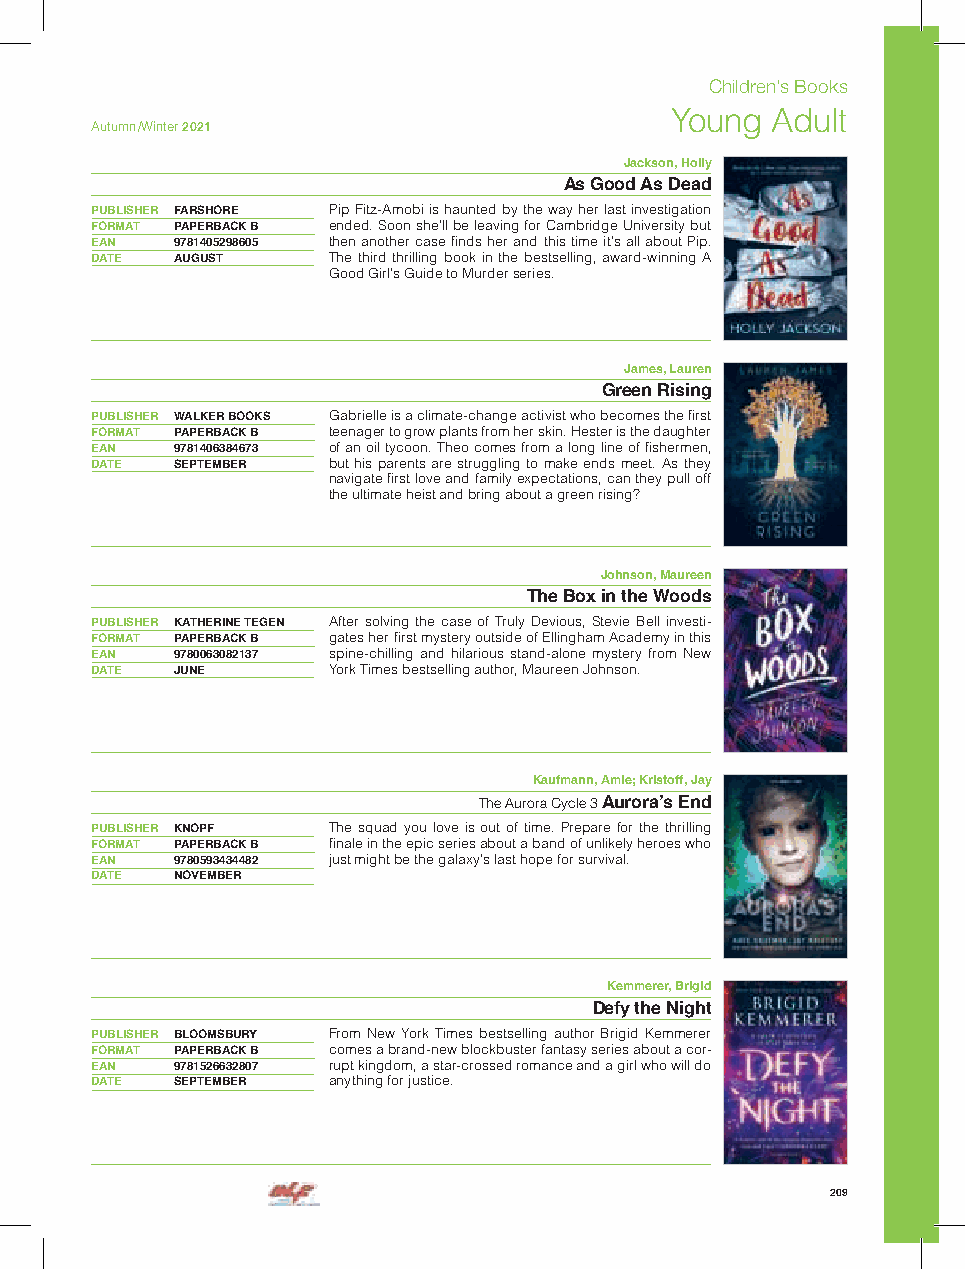
Children’s Books
 Young  Adult
 Autumn /Winter 2021
 Jackson, Holly
 As Good As Dead
 PUBLISHER FARSHORE Pip Fitz-Amobi is haunted by the way her last investigation
 FORMAT PAPERBACK B ended. Soon she’ll be leaving for Cambridge University but
 EAN  9781405298605 then another case finds her and this time it’s all about Pip.
 DATE AUGUST     The third thrilling book in the bestselling, award-winning A
 Good Girl’s Guide to Murder series.
 James, Lauren
 Green Rising
 PUBLISHER WALKER BOOKS Gabrielle is a climate-change activist who becomes the first
 FORMAT PAPERBACK B teenager to grow plants from her skin. Hester is the daughter
 EAN  9781406384673 of an oil tycoon. Theo comes from a long line of fishermen,
 DATE SEPTEMBER  but his parents are struggling to make ends meet. As they
 navigate first love and family expectations, can they pull off
 the ultimate heist and bring about a green rising?
 Johnson, Maureen
 The Box in the Woods
 PUBLISHER KATHERINE TEGEN After solving the case of Truly Devious, Stevie Bell investi-
 FORMAT PAPERBACK B gates her first mystery outside of Ellingham Academy in this
 EAN  9780063082137 spine-chilling and hilarious stand-alone mystery from New
 DATE JUNE       York Times bestselling author, Maureen Johnson.
 Kaufmann, Amie; Kristoff, Jay
 The Aurora Cycle 3 Aurora’s End
 PUBLISHER KNOPF The squad you love is out of time. Prepare for the thrilling
 FORMAT PAPERBACK B finale in the epic series about a band of unlikely heroes who
 EAN  9780593434482 just might be the galaxy’s last hope for survival.
 DATE NOVEMBER
 Kemmerer, Brigid
 Defy the Night
 PUBLISHER BLOOMSBURY From New York Times bestselling author Brigid Kemmerer
 FORMAT PAPERBACK B comes a brand-new blockbuster fantasy series about a cor-
 EAN  9781526632807 rupt kingdom, a star-crossed romance and a girl who will do
 DATE SEPTEMBER  anything for justice.
 209